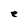
Character: e